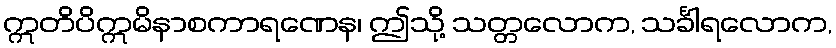
ဣတိပိဣမိနာစကာရဏေန၊ ဤသို့ သတ္တလောက, သင်္ခါရလောက,